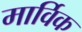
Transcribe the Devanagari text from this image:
मार्विक